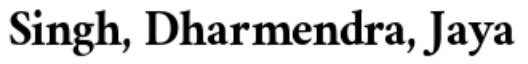
Singh, Dharmendra, Jaya